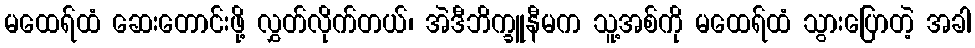
မထေရ်ထံ ဆေးတောင်းဖို့ လွှတ်လိုက်တယ်၊ အဲဒီဘိက္ခူနီမက သူ့အစ်ကို မထေရ်ထံ သွားပြောတဲ့ အခါ